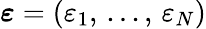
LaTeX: \boldsymbol{\varepsilon}=(\varepsilon_{1},\, ...,\, \varepsilon_{N})